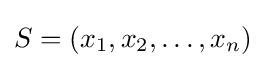
S=(x_{1},x_{2},\ldots ,x_{n})